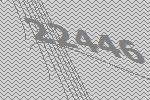
22446